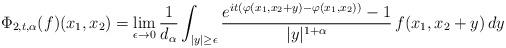
LaTeX: \begin{align*}\Phi_{2, t, \alpha}(f)(x_1, x_2) = \lim_{\epsilon \to 0}\frac{1}{d_{\alpha}}\int_{|y|\geq \epsilon} \frac{e^{it(\varphi(x_1,x_2+y)- \varphi(x_1,x_2))}- 1}{|y|^{1 + \alpha}} \, f(x_1, x_2+y)\, dy\end{align*}